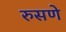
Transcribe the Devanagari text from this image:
रुसणे